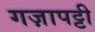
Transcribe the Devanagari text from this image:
गज़ापट्टी